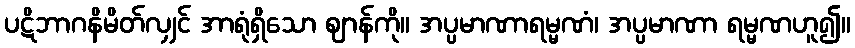
ပဋိဘာဂနိမိတ်လျှင် အာရုံရှိသော ဈာန်ကို။ အပ္ပမာဏာရမ္မဏံ၊ အပ္ပမာဏာ ရမ္မဏဟူ၍။